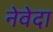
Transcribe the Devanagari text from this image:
नेवेदा